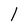
Character: 1